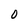
Character: 0